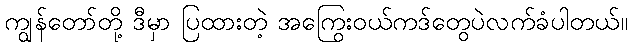
ကျွန်တော်တို့ ဒီမှာ ပြထားတဲ့ အကြွေးဝယ်ကဒ်တွေပဲလက်ခံပါတယ်။